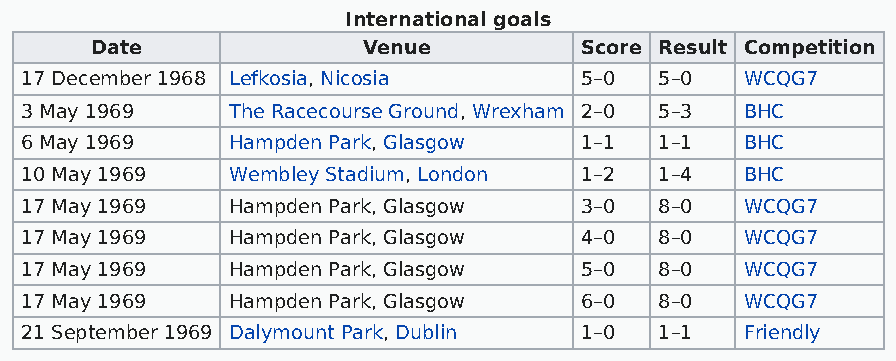
International goals
 Date              Venue         Score Result Competition
 17 December 1968 Lefkosia, Nicosia   5–0   5–0  WCQG7
 3 May 1969    The Racecourse Ground, Wrexham 2–0 5–3 BHC
 6 May 1969    Hampden Park, Glasgow  1–1   1–1  BHC
 10 May 1969   Wembley Stadium, London 1–2  1–4  BHC
 17 May 1969   Hampden Park, Glasgow  3–0   8–0  WCQG7
 17 May 1969   Hampden Park, Glasgow  4–0   8–0  WCQG7
 17 May 1969   Hampden Park, Glasgow  5–0   8–0  WCQG7
 17 May 1969   Hampden Park, Glasgow  6–0   8–0  WCQG7
 21 September 1969 Dalymount Park, Dublin 1–0 1–1 Friendly